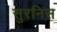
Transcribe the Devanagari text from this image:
सुरनिस